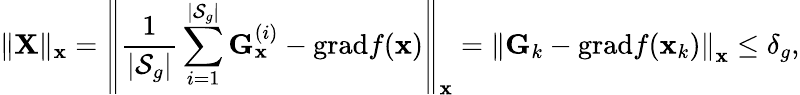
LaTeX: \| \mathbf{X}\| _{\mathbf{x}}=\left\| \frac{1}{|\mathcal{S}_{g}|}\sum_{i=1}^{|\mathcal{S}_{g}|}\mathbf{G}_{\mathbf{x}}^{(i)}-\mathrm{grad}f(\mathbf{x})\right\| _{\mathbf{x}}=\left\| \mathbf{G}_{k}-\mathrm{grad}f(\mathbf{x}_{k})\right\| _{\mathbf{x}}\le\delta_{g},